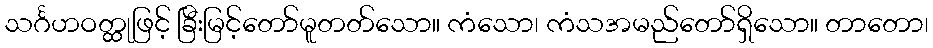
သင်္ဂဟဝတ္ထုဖြင့် ခြီးမြင့်တော်မူတတ်သော။ ကံသော၊ ကံသအမည်တော်ရှိသော။ တာတော၊